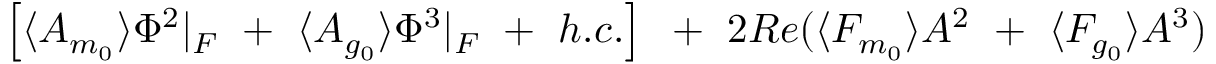
\left[ \langle A _ { m _ { 0 } } \rangle \Phi ^ { 2 } \vert _ { F } ~ + ~ \langle A _ { g _ { 0 } } \rangle \Phi ^ { 3 } \vert _ { F } ~ + ~ h . c . \right] { } ~ + ~ 2 R e ( \langle F _ { m _ { 0 } } \rangle A ^ { 2 } ~ + ~ \langle F _ { g _ { 0 } } \rangle A ^ { 3 } )